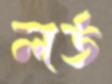
লর্ড